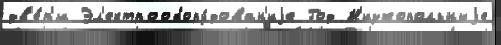
дв'е́р'и Эл'ектрообору́дован'иjе Год Н'изкопольныjе